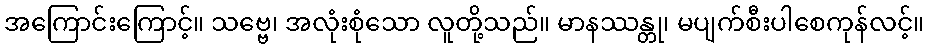
အကြောင်းကြောင့်။ သဗ္ဗေ၊ အလုံးစုံသော လူတို့သည်။ မာနဿန္တု၊ မပျက်စီးပါစေကုန်လင့်။